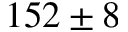
1 5 2 \pm 8